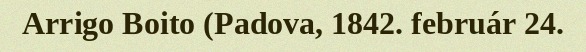
Arrigo Boito (Padova, 1842. február 24.